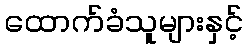
ထောက်ခံသူများနှင့်